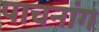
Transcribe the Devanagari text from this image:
पाचनांग